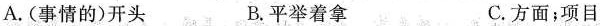
A.(事情的)开头 B.平举着拿 C.方面；项目